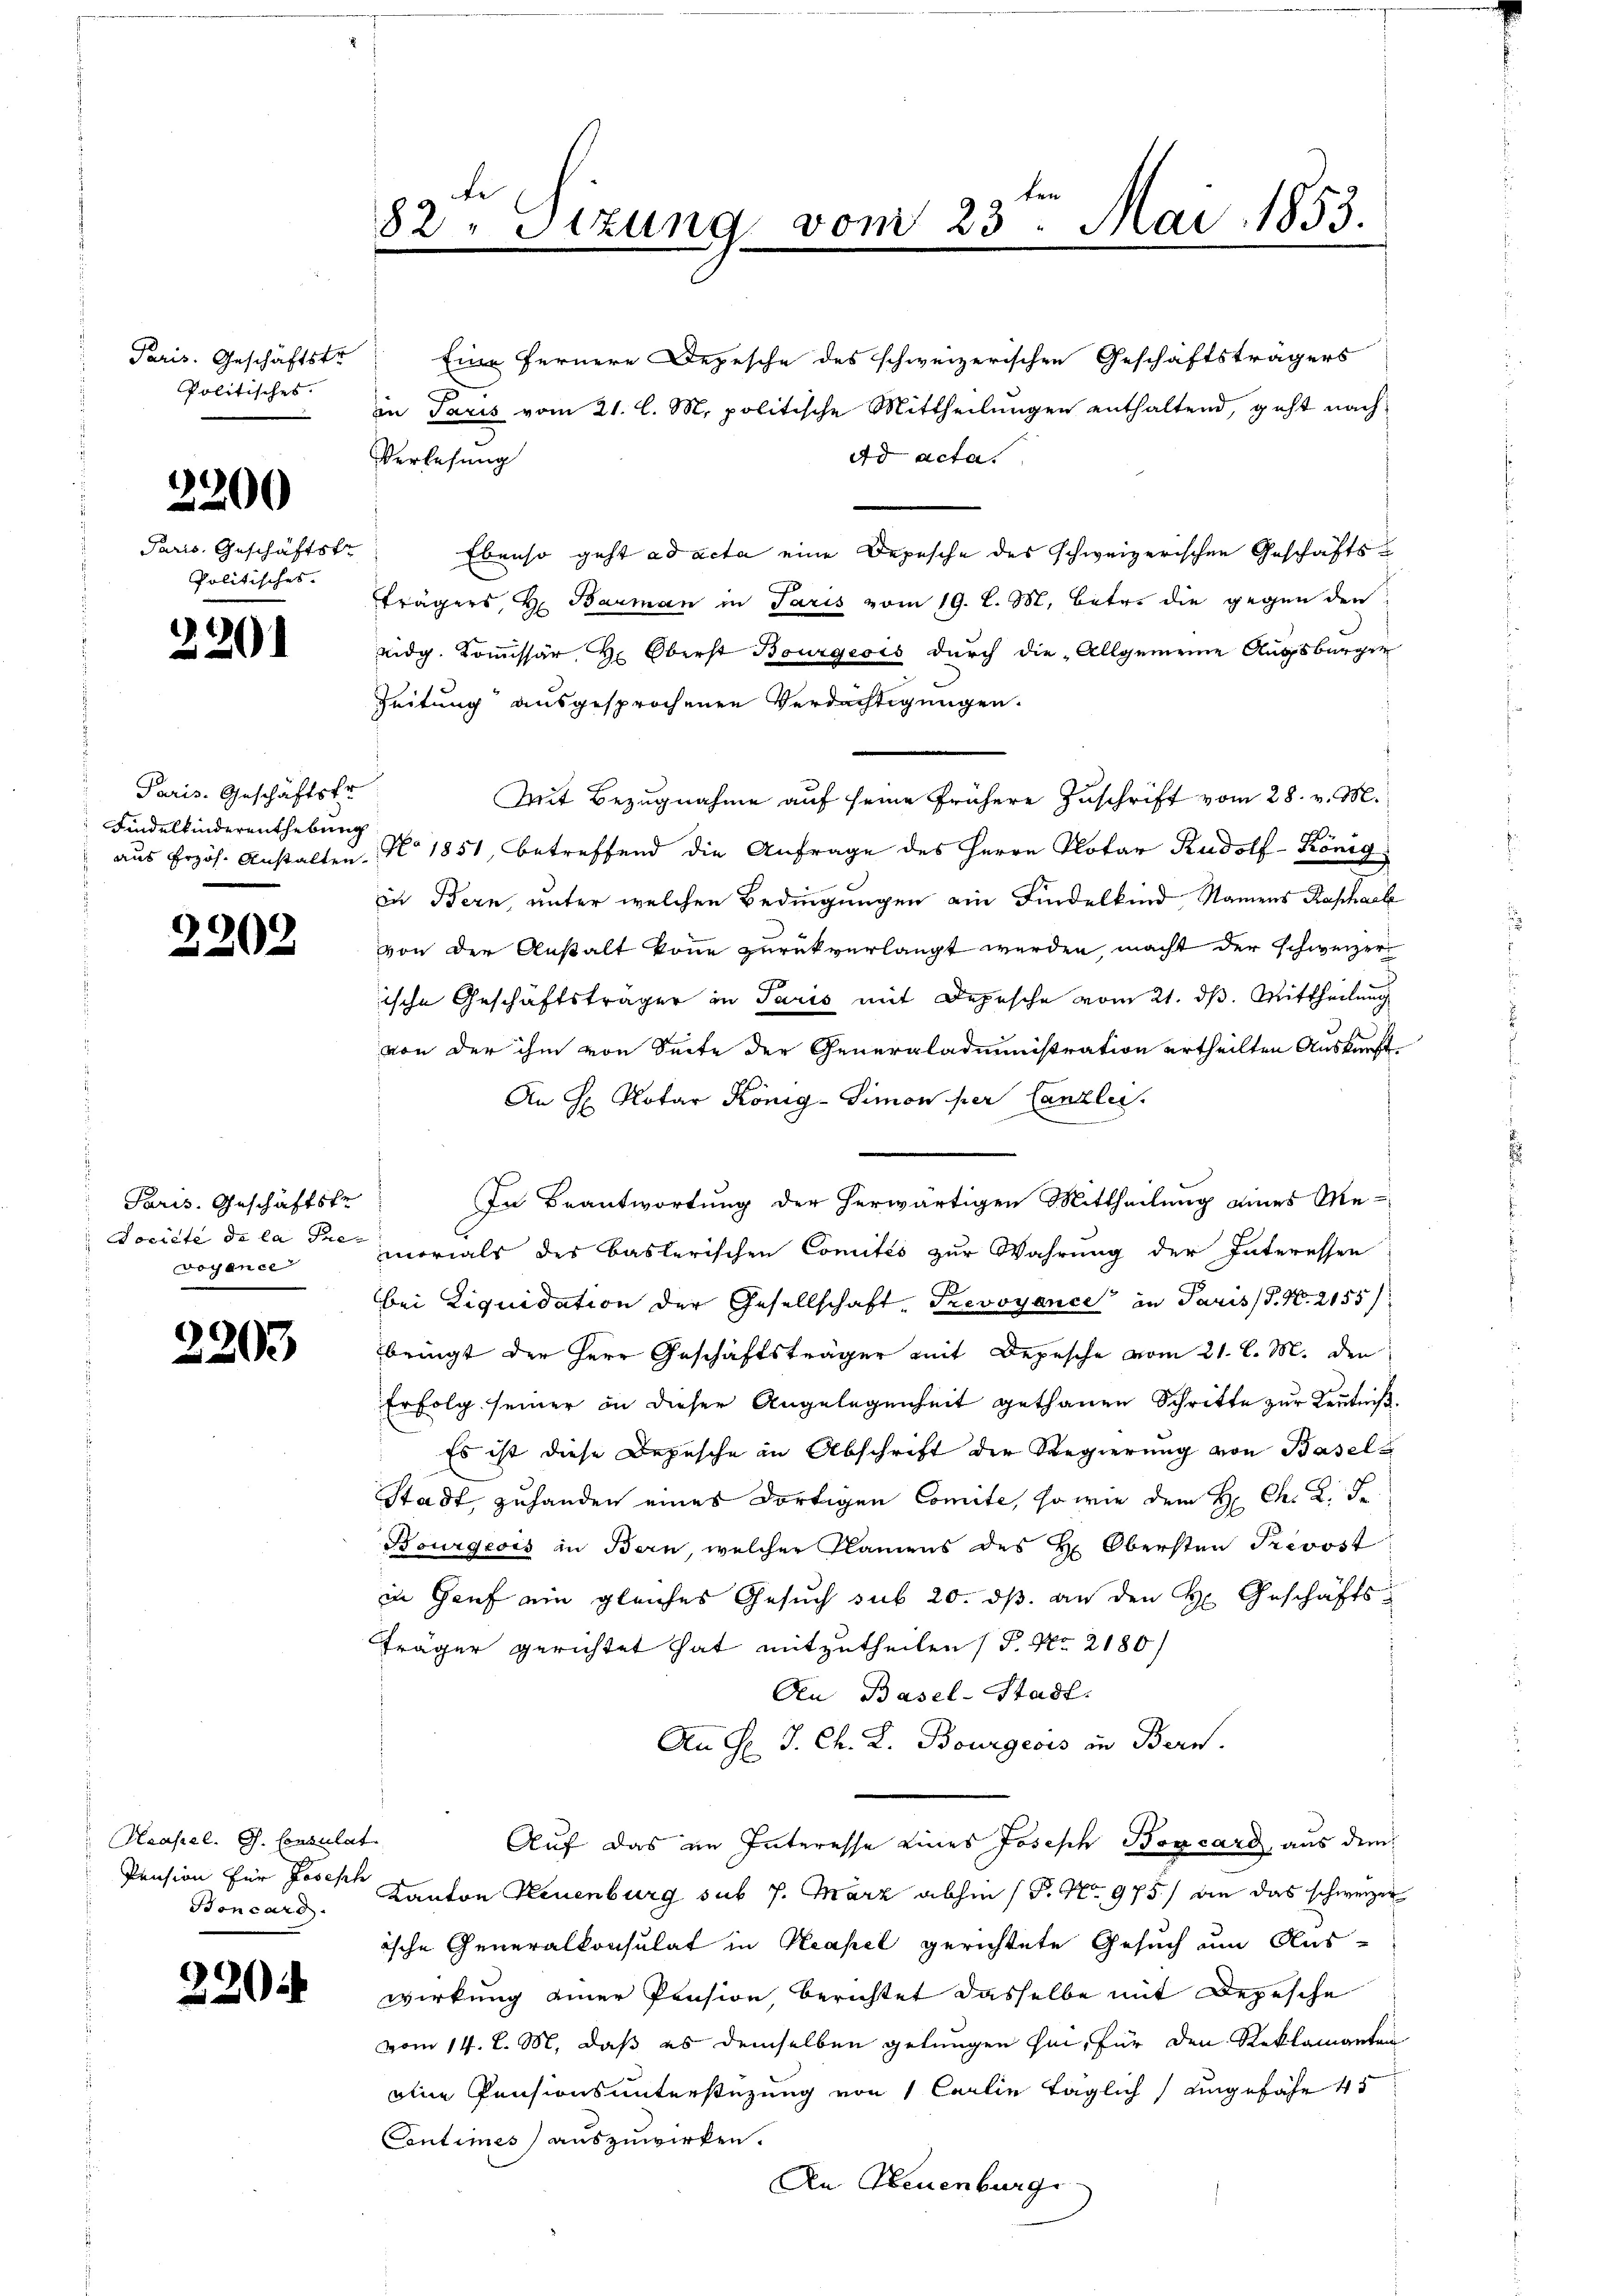
Paris. Geschäftstr
Politisches.

3200

Paris. Geschäftstr
Politisches.

2)
201

Paris. Geschäftsfr
Findelkinderenthebung

2202

Paris. Geschäftste
Société de la Prevoyence

2203

Haasel. G. Consulas
Pension für Joseph
Soncaro

220

82ten Sizung vom 23. Mai 1853.

Eine fernere Depesche des schweizerischen Geschäftsträgers
in Paris vom 21. l. M. politische Mittheilungen enthaltend, geht nach
ad acta
Verlesung
Ebenso geht ad acta eine Depesche des schweizerischen Geschäftsträgers, H. Bauman in Paris vom 19. l. M. betr. die gegen den
eidg. Kommissär, Hr. Oberst Bourgeois durch die „Allgemeine Augsburger
Zeitung ausgesprochenen Verdächtigungen.
Mit Bezugnahme auf seine frühere Zuschrift vom 28. v. M.
 aus Erzös. Anstalten No 1851, betreffend die Anfrage des Herrn Notar Rudolf-König
in Bern, unter welchen Bedingungen ein Findelkind, Namens Raphael
von der Anstalt könne zurückverlangt werden, macht der schweizerische Geschäftsträger in Paris mit Depesche vom 21. ds. Mittheilung
von der ihm von Seite der Generaladministration ertheilten Auskunft¬
An H Notar König-Simon per Canzlei.
In Beantwortung der herwärtigen Mittheilung eines Memorials des Baslerischen Comités zur Wahrung der Interessen
bei Liquidation der Gesellschaft, Prevoyance in Paris S. N. 2155/
bringt der Herr Geschäftsträger mit Depesche vom 21. l. M. den
Erfolg seiner in dieser Angelegenheit gethanen Schritte zur Kenntniß
Es ist diese Depesche in Abschrift der Regierung von Basels
Stadt, zuhanden eines dortigen Comite, so wie dem H Ch. 2. F
Bourgeois in Bern, welcher Namens des H: Obersten Prevost
in Genf ein gleiches Gesuch sub 20. ds. an den H. Geschäfts¬
Träger gerichtet hat mitzutheilen (S. Nr. 2180
On Basel-Stadt.
An H: J. Ch. L. Bourgeois in Bern.
tr
Auf das im Interesse eines Joseph Borcard, aus dem
Kanton Neuenburg sub 7. März abhin (P. Nr. 975) an das schweizer
ische Generalkonsulat in Neapel gerichtete Gesuch um Aus-
wirkung einer Pension, berichtet dasselbe mit Depesche
vom 14. d. M. daß es demselben gelungen sei, für den Reklamanten
oine Pensionsunterstüzung von 1 Carlin täglich angefähr 45
Contimes auszuwirken.
An Neuenburg